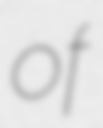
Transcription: of